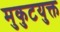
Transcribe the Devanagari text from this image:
मुकुटयुक्त